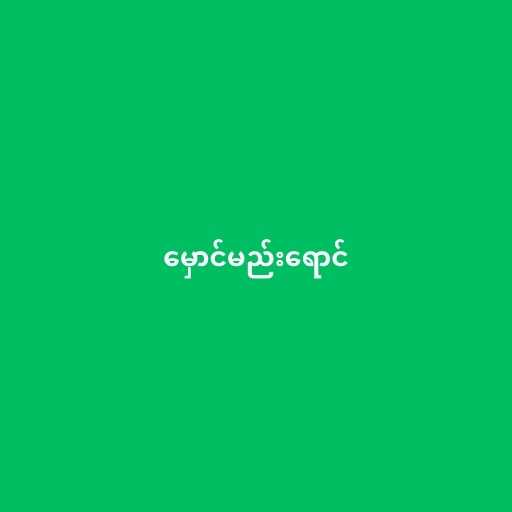
မှောင်မည်းရောင်